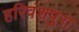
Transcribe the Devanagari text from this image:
हरिवंशपुरा